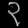
Digit: ၃